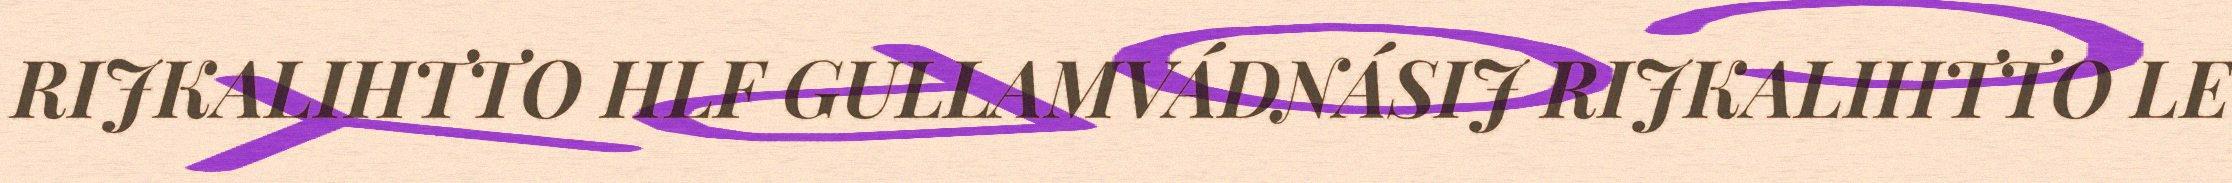
RIJKALIHTTO HLF GULLAMVÁDNÁSIJ RIJKALIHTTO LE